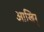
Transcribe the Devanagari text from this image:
आखिर्